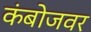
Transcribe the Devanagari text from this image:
कंबोजवर